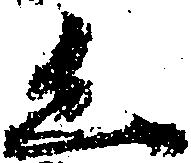
く